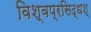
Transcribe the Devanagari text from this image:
विश्वप्रसिद्धश्